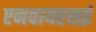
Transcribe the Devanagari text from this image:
एनवायएसई